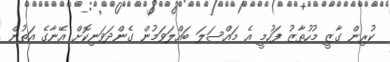
ކުރިން ގާޒީ މުހުތާޒު ފަހުމީ އެ މައްސަލަ ބައްލަވަމުން ގެންދަވަނިކޮށް އޭނާގެ އަތުން